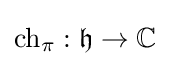
\operatorname {ch} _{\pi }:{\mathfrak {h}}\rightarrow \mathbb {C}